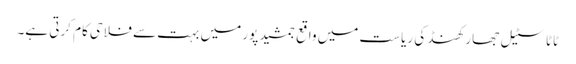
ٹاٹا سٹیل جھارکھنڈ کی ریاست میں واقع جمشید پور میں بہت سے فلاحی کام کرتی ہے۔